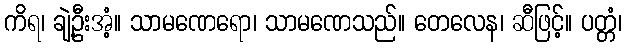
ကိရ၊ ချဲ့ဦးအံ့။ သာမဏေရော၊ သာမဏေသည်။ တေလေန၊ ဆီဖြင့်။ ပတ္တံ၊